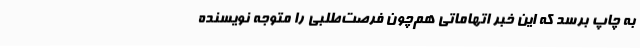
به چاپ برسد که این خبر اتهاماتی هم‌چون فرصت‌طلبی را متوجه نویسنده